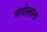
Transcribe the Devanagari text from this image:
मंगोलांना